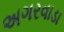
અગરવાડા